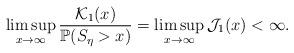
LaTeX: \begin{align*}\limsup\limits_{x \rightarrow\infty}\frac{\mathcal{K}_1(x)}{\mathbb{P}(S_\eta>x)}=\limsup\limits_{x \rightarrow\infty}\mathcal{J}_1(x)<\infty.\end{align*}